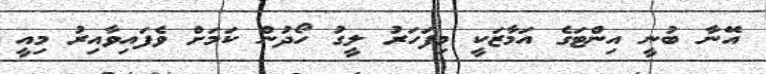
އޭނާ ބުނީ އިންޓަގެ އަމާޒަކީ މިފަހަރު ލީގު ހޯދުން ކަމަށް ވެފައިވާއިރު މިއީ